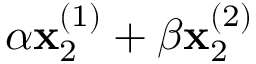
\alpha \mathbf { x } _ { 2 } ^ { ( 1 ) } + \beta \mathbf { x } _ { 2 } ^ { ( 2 ) }